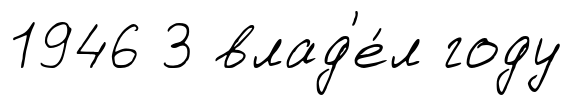
1946 3 влад'е́л году